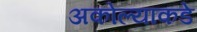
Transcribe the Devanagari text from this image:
अकोल्याकडे